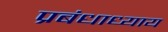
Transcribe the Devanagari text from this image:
प्रबंधाध्याय